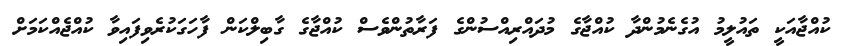
ކުއްޖާއަކީ ތައުލީމު އުގެނެމުންދާ ކުއްޖާގެ މުދައްރިއްސުންގެ ފަރާތުންވެސް ކުއްޖާގެ ގާބިލްކަން ފާހަގަކުރެވިފައިވާ ކުއްޖެއްކަމަށް